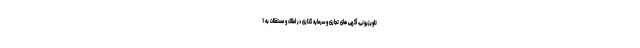
تلویزیونی، آگهی های تجاری و سرمایه گذاری در املاک و مستغلات به 1